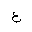
Letter: _gayn